Code of medical and sanitary regulations for the guidance of medical officers serving in the Madras Presidency - Volume II
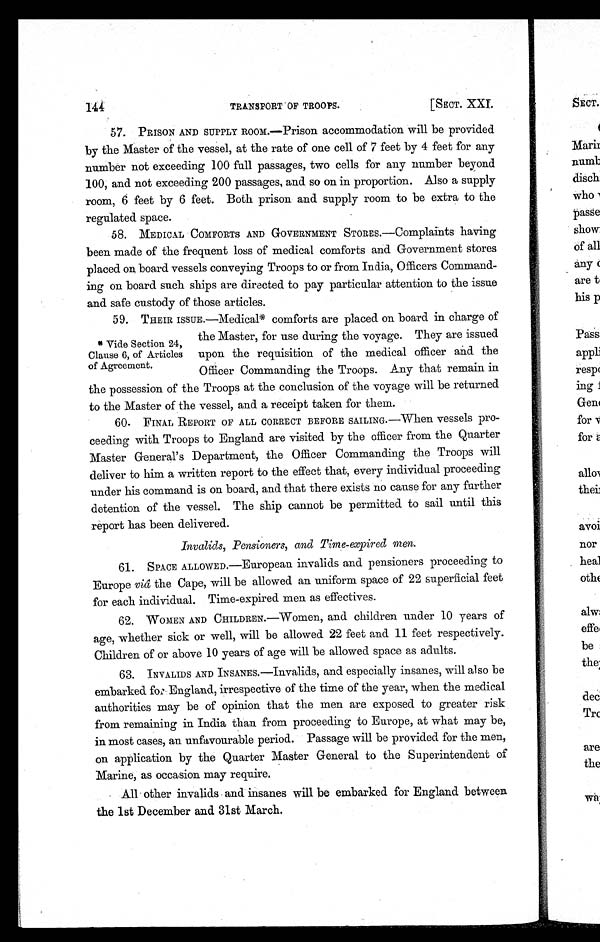
144
TRANSPORT OF TROOPS.
[SECT. XXI.
57. PRI SON AND SUPPLY ROOM. —Pri son accommodati on wi l l be provi ded
by the Master of the vessel, at the rate of one cell of 7 feet by 4 feet for any
number not exceeding 100 full passages, two cells for any number beyond
100, and not exceeding 200 passages, and so on in proportion. Also a supply
room, 6 feet by 6 feet. Both prison and supply room to be extra to the
regulated space.
58. MEDICAL COMFORTS AND GOVERNMENT STORES.—Complaints having
been made of the frequent loss of medical comforts and Government stores
placed on board vessels conveying Troops to or from India, Officers Command-
ing on board such ships are directed to pay particular attention to the issue
and safe custody of those articles.
59. THEIR ISSUE.—Medical * comforts are placed on board in charge of
the Master, for use during the voyage. They are issued
upon the requisition of the medical officer and the
Officer Commanding the Troops. Any that remain in
the possession of the Troops at the conclusion of the voyage will be returned
to the Master of the vessel, and a receipt taken for them.
60. FINAL REPORT OF ALL CORRECT BEFORE SAILING.—When vessels pro-
ceeding with Troops to England are visited by the officer from the Quarter
Master General's Department, the Officer Commanding the Troops will
deliver to him a written report to the effect that, every individual proceeding
under his command is on board, and that there exists no cause for any further
detention of the vessel. The ship cannot be permitted to sail until this
report has been delivered.
Invalids, Pensioners, and Time-expired men.
61. SPACE ALLOWED.—European invalids and pensioners proceeding to
Europe viâ the Cape, will be allowed an uniform space of 22 superficial feet
for each individual. Time-expired men as effectives.
62. WOMEN AND CHILDREN.—Women, and children under 10 years of
age, whether sick or well, will be allowed 22 feet and 11 feet respectively.
Children of or above 10 years of age will be allowed space as adults.
63. I NVALI DS AND I NSANES. —I nv a l i ds , a nd e s pe c i a l l y i ns a ne s , wi l l a l s o be
embarked for England, irrespective of the time of the year, when the medical
authorities may be of opinion that the men are exposed to greater risk
from remaining in India than from proceeding to Europe, at what may be,
in most cases, an unfavourable period. Passage will be provided for the men,
on application by the Quarter Master General to the Superintendent of
Marine, as occasion may require.
All other invalids and insanes will be embarked for England between
the 1st December and 31st March.
* Vide Section 24,
Clause 6, of Articles
of Agreement.